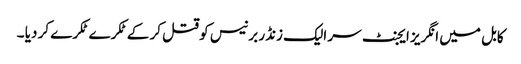
کابل میں انگریز ایجنٹ سر الیک زنڈر برنیس کو قتل کر کے ٹکرے ٹکرے کر دیا ۔